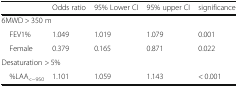
<table><thead><tr><td></td><td><b>Odds ratio</b></td><td><b>95% Lower CI</b></td><td><b>95% upper CI</b></td><td><b>significance</b></td></tr></thead><tbody><tr><td colspan="5">6MWD &gt; 350 m</td></tr><tr><td> FEV1%</td><td>1.049</td><td>1.019</td><td>1.079</td><td>0.001</td></tr><tr><td> Female</td><td>0.379</td><td>0.165</td><td>0.871</td><td>0.022</td></tr><tr><td colspan="5">Desaturation &gt; 5%</td></tr><tr><td> %LAA<sub>&lt;−950</sub></td><td>1.101</td><td>1.059</td><td>1.143</td><td>&lt; 0.001</td></tr></tbody></table>